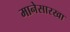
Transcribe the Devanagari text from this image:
मानेसारखा